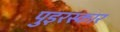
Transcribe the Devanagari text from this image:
पुइरस्कार